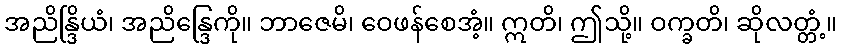
အညိန္ဒြိယံ၊ အညိန္ဒြေကို။ ဘာဇေမိ၊ ဝေဖန်စေအံ့။ ဣတိ၊ ဤသို့။ ဝက္ခတိ၊ ဆိုလတ္တံ့။